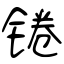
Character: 锩